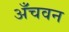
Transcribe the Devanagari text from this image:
अँचवन